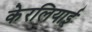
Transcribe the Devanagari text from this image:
केरलियाई